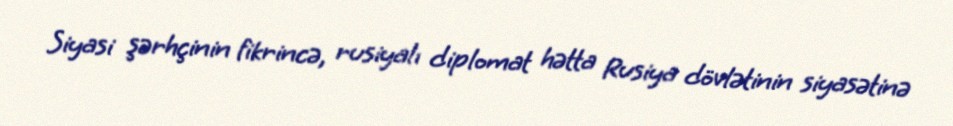
Siyasi şərhçinin fikrincə, rusiyalı diplomat hətta Rusiya dövlətinin siyasətinə